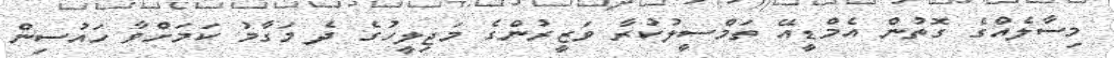
މިސާލެއްގެ ގޮތުން އެމްޑީއޭ ތަމްސީލުކުރާ ވަޒީރުންގެ މަޖިލީހުގެ ދެ މަގާމު ކަމަށްވާ ހައުސިން